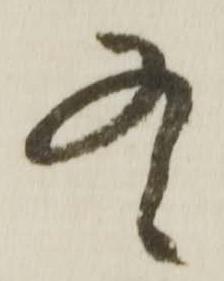
右